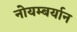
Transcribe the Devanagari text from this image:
नोयम्बर्यान